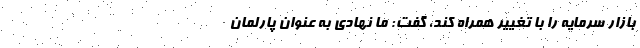
بازار سرمایه را با تغییر همراه کند، گفت: ما نهادی به عنوان پارلمان